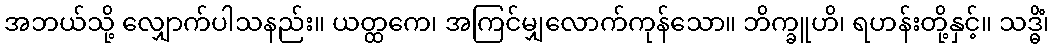
အဘယ်သို့ လျှောက်ပါသနည်း။ ယတ္ထကေ၊ အကြင်မျှလောက်ကုန်သော။ ဘိက္ခူဟိ၊ ရဟန်းတို့နှင့်။ သဒ္ဓိံ၊